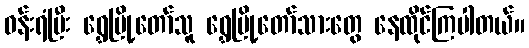
ဝန်းရံပြီး ရွှေမြို့တော်သူ ရွှေမြို့တော်သားတွေ နေထိုင်ကြပါတယ်။